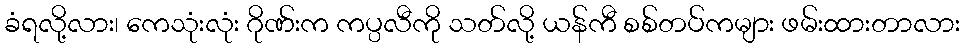
ခံရလို့လား၊ ကေသုံးလုံး ဂိုဏ်းက ကပ္ပလီကို သတ်လို့ ယန်ကီ စစ်တပ်ကများ ဖမ်းထားတာလား